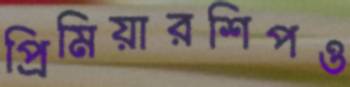
প্রিমিয়ারশিপও